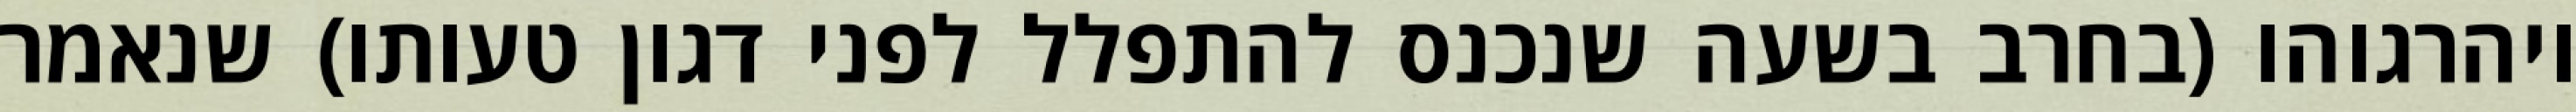
ויהרגוהו (בחרב בשעה שנכנס להתפלל לפני דגון טעותו) שנאמר